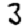
Digit: 3